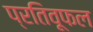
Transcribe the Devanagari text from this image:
प्रतिवूफल